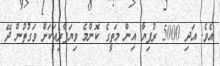
އެވެ. އަދި 5000 ރުފިޔާ އިން މަތީގެ ކޮންމެ ވިޔަފާރިއަކަށް ވަގުތުން ދޭ